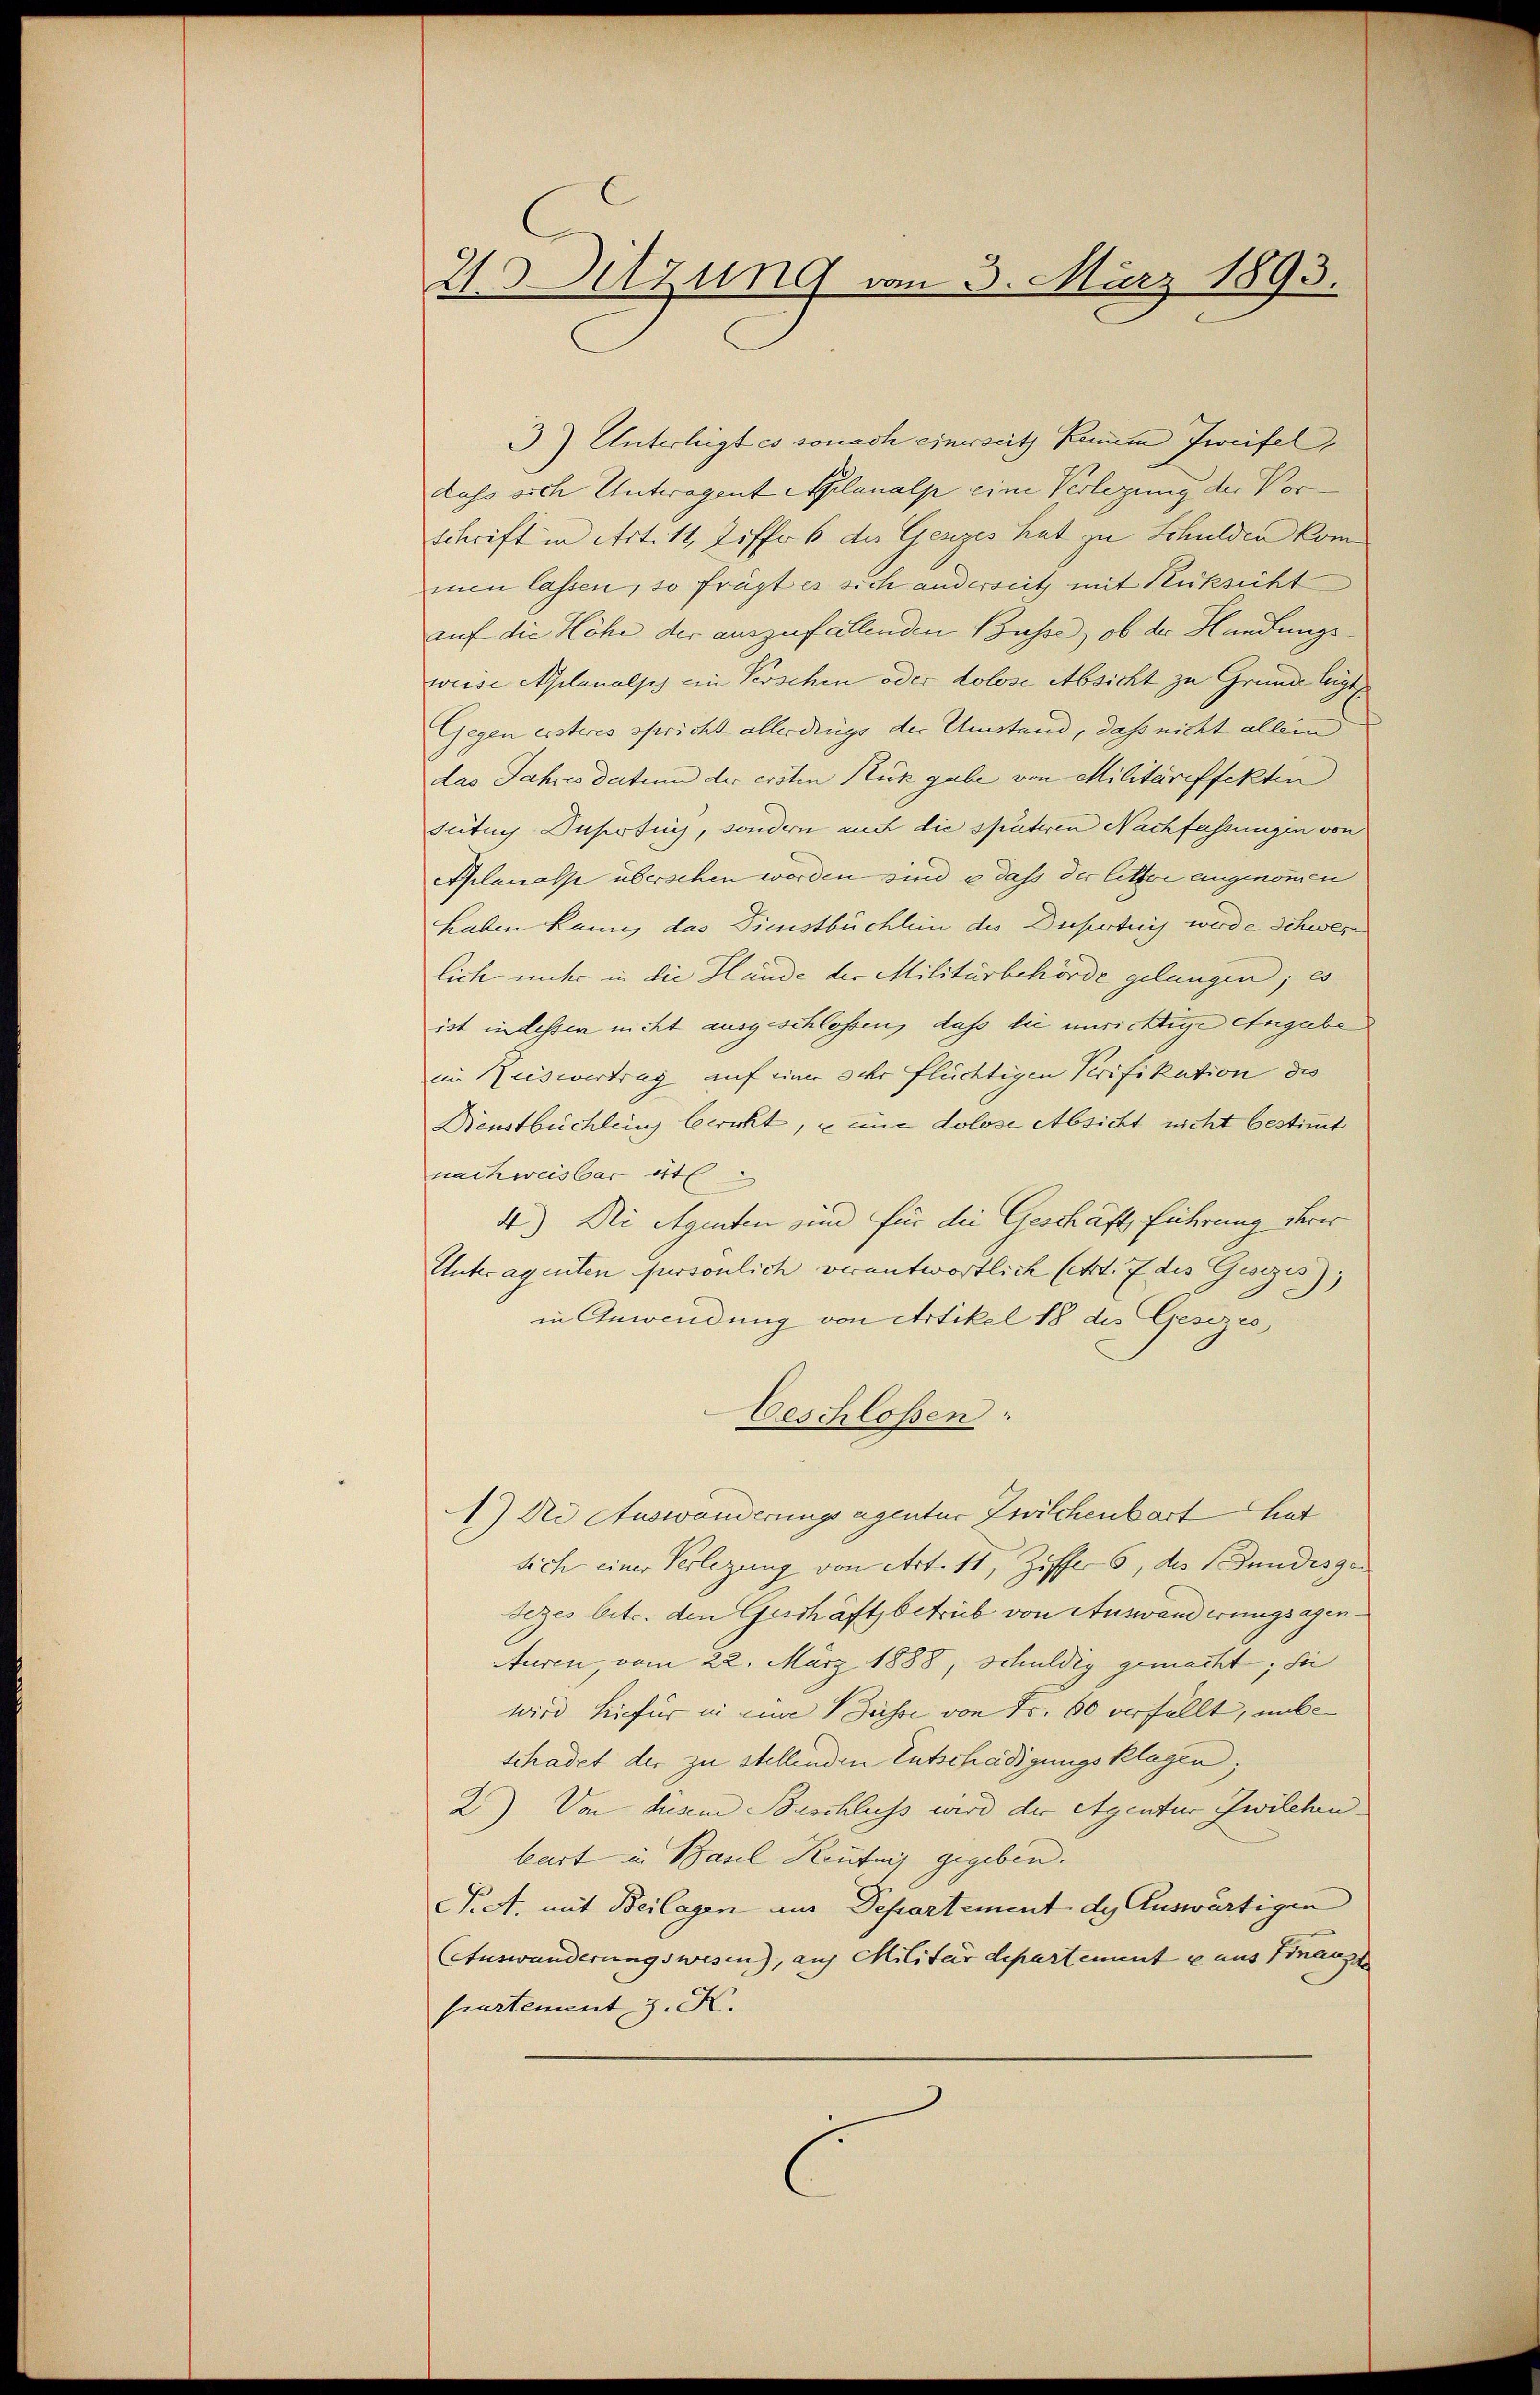
23 Sitzung vom 3. März 1893.

3) Unterliegt es sonach einerseitz Renum Zweifel,
dass sich Unteragent Aplanalp eine Verlegung der Vor¬
Schrift in Art. 11, Ziff. 6 der Gesezes hat zu Schulden kommen lassen, so frägt es sich anderseit mit Rücksicht
auf die Höhe der auszufällenden Bahre, ob der Handungsweise Aplanolps ein Verschen oder dolose Absicht zu Grunde legt
Gegen ersteres spricht allerdings der Umstand, dass nicht allein
das Jahres dartin der ersten Rük gabe von Militäreffekten
sutuy Unfertig, sondern auch die späteren Nachfassungen von
Aplanalpe überschen werden sind, e dass der litter angenommen
Laben kann, das Dienstbüchlein des Deperteis werde Schwerlich unter in die Hände der Militärbehörde gelangen; es
ist in dessen nicht ausgeschlossen, daß die unrichtige Angabe
im Reisevertrag auf einer sehr flüchtigen Verifikation des
Mienstbüchlein bericht, u eine dolose Absicht nicht bestimmt
nach weisbar etl
4) Die Agenten sind für die Geschäft führung derer
Unteragenten persönlich verantwortlich (Art. 7 des Gesezes)
in Anwendung von Artikel 18 des Gesizes
Geschlossen:
1.) Die Auswanderungsagentur Zwischenbart hat
sich einer Verlegung von Art. 11, Ziffer 6, des Bundesge
deges betr. den Geschäftsbetrüb von Auswanderungsagen¬
Aturen vom 22. März 1888, Schuldig gemacht; sie
wird hiefür in eine Busse von Fr. 60 verfällt, unbe
schadet der zu stellenden Entschädigungsklagen;
2) Von diesem Beschluss wird der Agentur Zwilchen
kart in Basel Reutung gegeben.
Pct. mit Beilagen aus Departement de Auswärtigen
(Auswanderungswesen), auf Militärdepartemente aus Finanze
partement z. K.